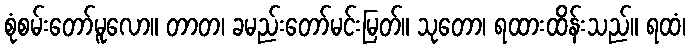
စုံစမ်းတော်မူလော။ တာတ၊ ခမည်းတော်မင်းမြတ်။ သုတော၊ ရထားထိန်းသည်။ ရထံ၊